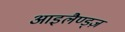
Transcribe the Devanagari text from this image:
आइलैण्ड्ज़